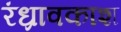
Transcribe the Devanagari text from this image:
रंध्रावकाश